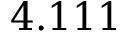
4 . 1 1 1